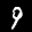
Label: 9